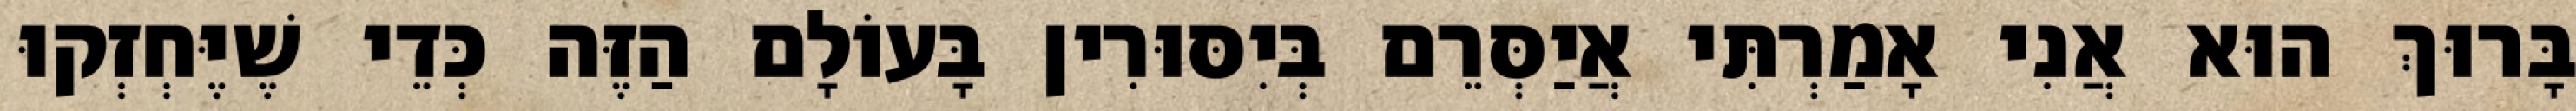
בָּרוּךְ הוּא אֲנִי אָמַרְתִּי אֲיַסְּרֵם בְּיִסּוּרִין בָּעוֹלָם הַזֶּה כְּדֵי שֶׁיֶּחְזְקוּ